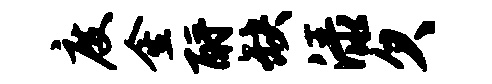
度金酹缺渌欠